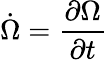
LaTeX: \dot{\Omega}=\frac{\partial\Omega}{\partial t}